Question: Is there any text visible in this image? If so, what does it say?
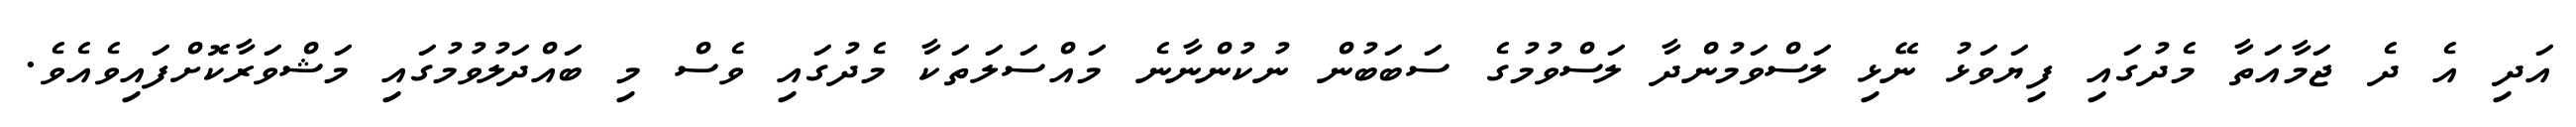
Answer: އަދި އެ ދެ ޖަމާއަތާ މެދުގައި ފިޔަވަޅު ނޭޅި ލަސްވަމުންދާ ލަސްވުމުގެ ސަބަބުން ނުކުންނާނެ މައްސަލަތަކާ މެދުގައި ވެސް މި ބައްދަލުވުމުގައި މަޝްވަރާކޮށްފައިވެއެވެ.